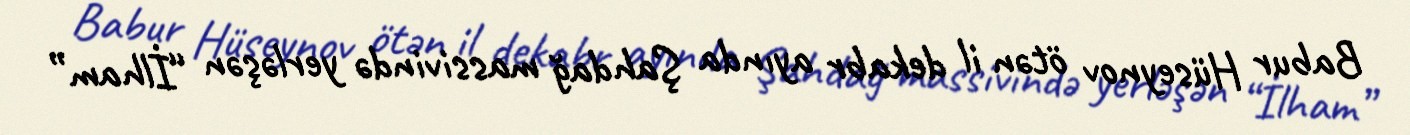
Babur Hüseynov ötən il dekabr ayında Şahdağ massivində yerləşən “İlham”